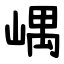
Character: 嵎